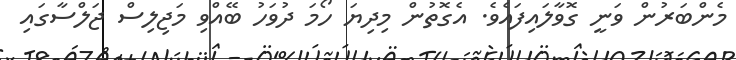
މެންބަރުން ވަނީ ގޮވާލައިފައެވެ. އެގޮތުން މިދިޔަ ހޯމަ ދުވަހު ބޭއްވި މަޖިލިސް ޖަލްސާގައި